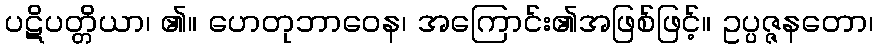
ပဋိပတ္တိယာ၊ ၏။ ဟေတုဘာဝေန၊ အကြောင်း၏အဖြစ်ဖြင့်။ ဥပ္ပဇ္ဇနတော၊